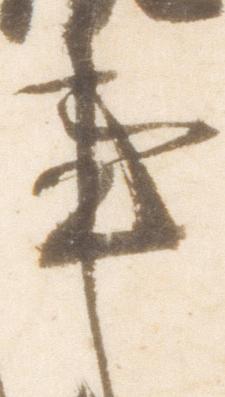
事